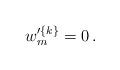
LaTeX: \begin{align*}\displaystyle{ w'^{\{k\}}_m=0\,. }\end{align*}